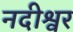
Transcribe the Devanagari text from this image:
नदीश्वर